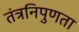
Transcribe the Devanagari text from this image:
तंत्रनिपुणता